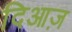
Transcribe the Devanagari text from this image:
दिआज़